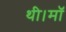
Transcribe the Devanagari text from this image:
थी।माॅ